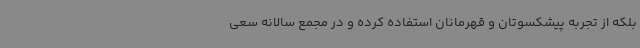
بلکه از تجربه پیشکسوتان و قهرمانان استفاده کرده و در مجمع سالانه سعی